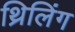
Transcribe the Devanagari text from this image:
थ्रिलिंग